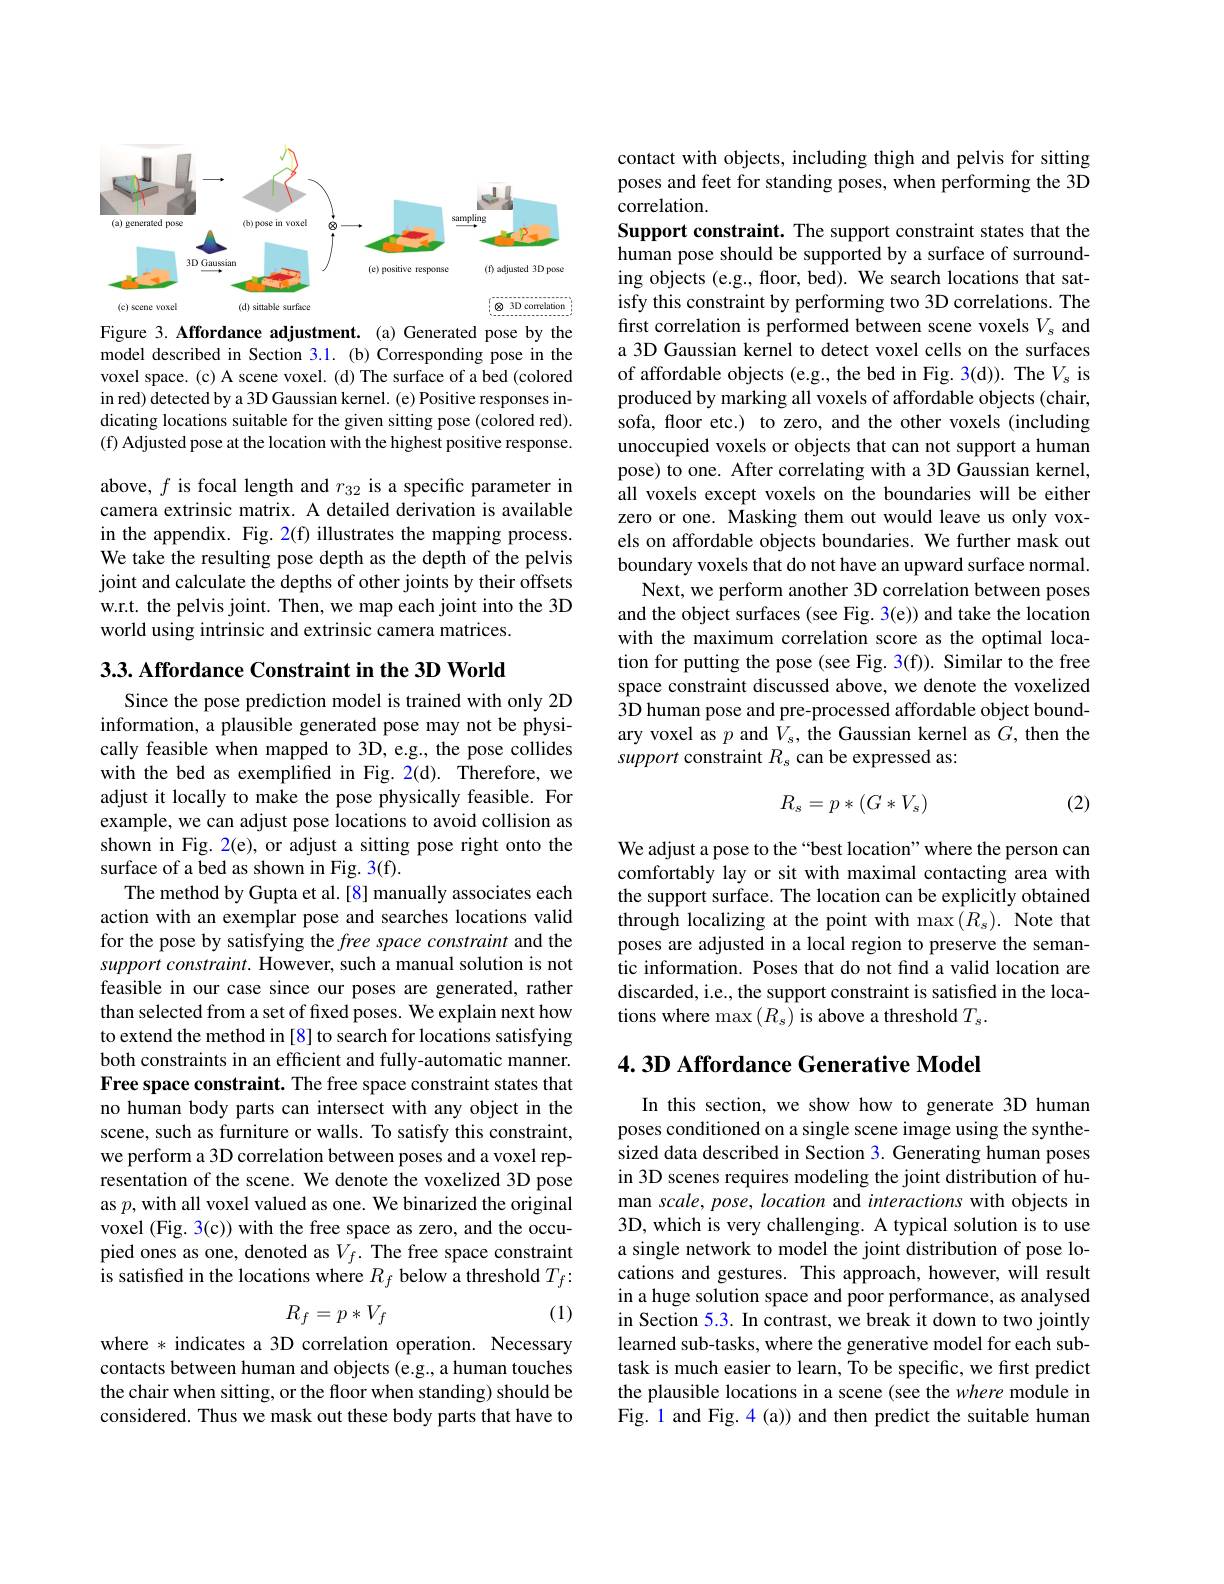
<FigureHere>

Figure 3. Affordance adjustment. (a) Generated pose by the model described in Section 3.1.(b) Corresponding pose in the voxel space. (c) A scene voxel. (d) The surface of a bed (colored in red) detected by a 3D Gaussian kernel. (e) Positive responses indicating locations suitable for the given sitting pose (colored red). (f) Adjusted pose at the location with the highest positive response.

above, $f$ is focal length and $r_32$ is a specific parameter in camera extrinsic matrix. A detailed derivation is available in the appendix. Fig. 2(f) illustrates the mapping process. We take the resulting pose depth as the depth of the pelvis joint and calculate the depths of other joints by their offsets w.r.t. the pelvis joint. Then, we map each joint into the 3D world using intrinsic and extrinsic camera matrices.

3.3. Affordance Constraint in the 3D World
Since the pose prediction model is trained with only 2D information, a plausible generated pose may not be physically feasible when mapped to 3D, e.g., the pose collides with the bed as exemplified in Fig. 2(d). Therefore, we adjust it locally to make the pose physically feasible. For example, we can adjust pose locations to avoid collision as shown in Fig. 2(e), or adjust a sitting pose right onto the surface of a bed as shown in Fig. 3(f).
The method by Gupta et al. [8] manually associates each action with an exemplar pose and searches locations valid for the pose by satisfying the free space constraint and the support constraint. However, such a manual solution is not feasible in our case since our poses are generated, rather than selected from a set of fixed poses. We explain next how to extend the method in [8] to search for locations satisfying both constraints in an efficient and fully-automatic manner. Free space constraint. The free space constraint states that no human body parts can intersect with any object in the scene, such as furniture or walls. To satisfy this constraint, we perform a 3D correlation between poses and a voxel representation of the scene. We denote the voxelized 3D pose as $p$, with all voxel valued as one. We binarized the original voxel (Fig. 3(c)) with the free space as zero, and the occupied ones as one, denoted as $V_f.$ The free space constraint is satisfied in the locations where $R_f$ below a threshold $T_f:$
$$R_f=p*V_f$$
(1)

where * indicates a 3D correlation operation. Necessary contacts between human and objects (e.g., a human touches the chair when sitting, or the floor when standing) should be considered. Thus we mask out these body parts that have to

contact with objects, including thigh and pelvis for sitting poses and feet for standing poses, when performing the 3D correlation.

Support constraint. The support constraint states that the human pose should be supported by a surface of surrounding objects (e.g., floor, bed). We search locations that satisfy this constraint by performing two 3D correlations. The first correlation is performed between scene voxels $V_s$ and a 3D Gaussian kernel to detect voxel cells on the surfaces of affordable objects (e.g., the bed in Fig. 3(d)). The $V_{s}$ is produced by marking all voxels of affordable objects (chair, sofa, floor etc.) to zero, and the other voxels (including unoccupied voxels or objects that can not support a human pose) to one. After correlating with a 3D Gaussian kernel, all voxels except voxels on the boundaries will be either zero or one. Masking them out would leave us only voxels on affordable objects boundaries. We further mask out boundary voxels that do not have an upward surface normal.
Next, we perform another 3D correlation between poses and the object surfaces (see Fig. 3(e)) and take the location with the maximum correlation score as the optimal location for putting the pose (see Fig. 3(f)). Similar to the free space constraint discussed above, we denote the voxelized 3D human pose and pre-processed affordable object boundary voxel as $p$ and $V_s$, the Gaussian kernel as $G$, then the support constraint $R_s$ can be expressed as:

(2)
$$R_s=p*(G*V_s)$$
We adjust a pose to the“best location”where the person can comfortably lay or sit with maximal contacting area with the support surface. The location can be explicitly obtained through localizing at the point with max$(R_s).$ Note that poses are adjusted in a local region to preserve the semantic information. Poses that do not find a valid location are discarded, i.e., the support constraint is satisfied in the locations where max $(R_{s})$ is above a threshold $T_{s}.$

## 4. 3D Affordance Generative Model

In this section, we show how to generate 3D human poses conditioned on a single scene image using the synthesized data described in Section 3. Generating human poses in 3D scenes requires modeling the joint distribution of human scale, pose, location and interactions with objects in 3D, which is very challenging. A typical solution is to use a single network to model the joint distribution of pose locations and gestures. This approach, however, will result in a huge solution space and poor performance, as analysed in Section 5.3. In contrast, we break it down to two jointly learned sub-tasks, where the generative model for each subtask is much easier to learn, To be specific, we first predict the plausible locations in a scene (see the where module in Fig. 1 and Fig. 4 (a)) and then predict the suitable human